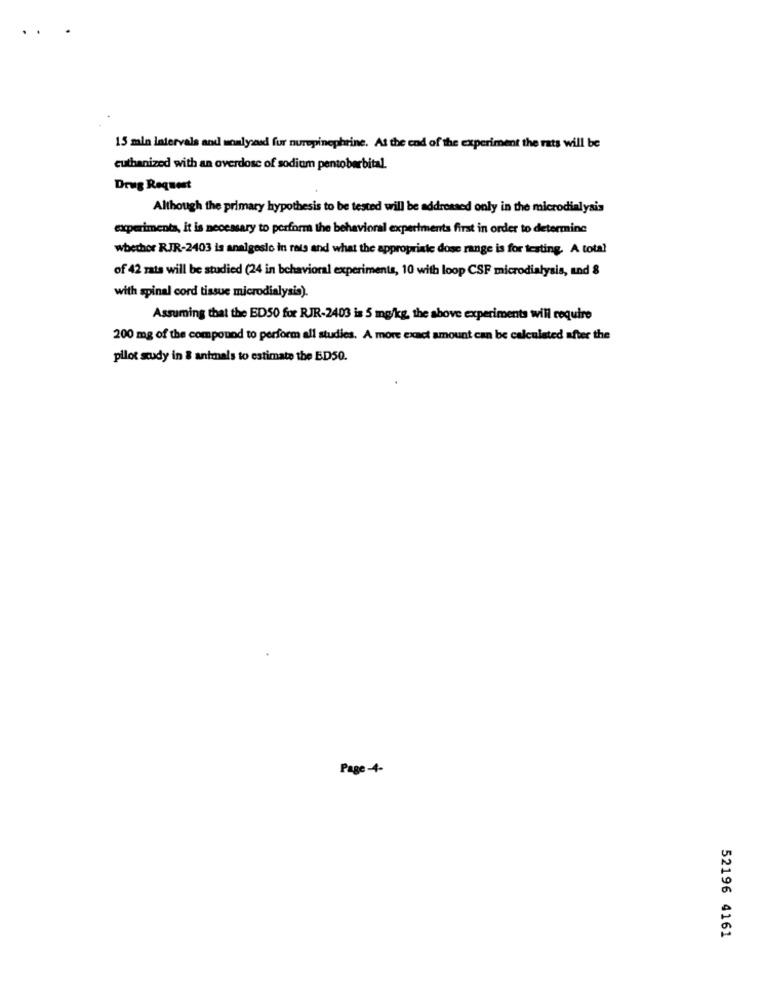
15 mln latervals and monlysaid fur nurepinephrine. At the end of the experiment the rats will be
euthanized with an overdose of sodium pentobarbital.
Drug Request
Although the primary hypothesis to be tested will be addressed only in the microdialysis
experimenta, it is necessary to perform the behavioral experiments first in order to determine
whether RJR-2403 is analgesic in rats and what the appropriate dose range is for testing. A total
of 42 rats will be studied (24 in behavioral experiments, 10 with loop CSF microdialysis, and §
with spinal cord tissue microdialysis).
Assuming that the ED50 for RJR-2403 is 5 mg/kg, the above experiments will require
200 mg of the compound to perform all studies. A more exact amount can be calculated after the
pilot study in & animals to estimate the ED50.
Page -4-
52196 4161